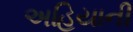
અહિયાની